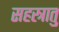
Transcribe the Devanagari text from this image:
सहस्त्रातु